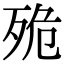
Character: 𣧼